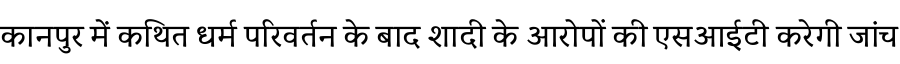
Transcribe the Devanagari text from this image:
कानपुर में कथित धर्म परिवर्तन के बाद शादी के आरोपों की एसआईटी करेगी जांच